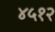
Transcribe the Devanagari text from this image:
४५१२